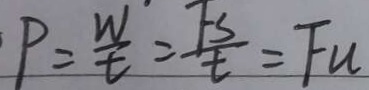
P = \frac { W } { t } = \frac { F s } { t } = F u